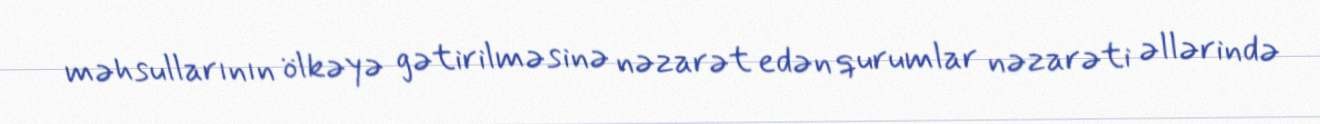
məhsullarının ölkəyə gətirilməsinə nəzarət edən qurumlar nəzarəti əllərində